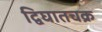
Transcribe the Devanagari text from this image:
द्विघातचक्र